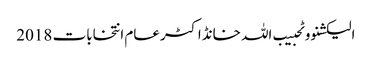
الیکشنووٹحبیب اللہ خانڈاکٹرعام انتخابات 2018